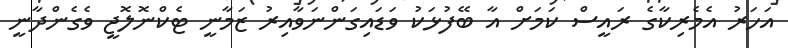
އަހަރު އެމެރިކާގެ ރައީސް ކަމަށް އާ ބޭފުޅަކު ވަޑައިގަންނަވާއިރު ޒަމާނީ ޓެކްނޮލޮޖީ ވެގެންދާނީ